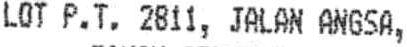
LOT P.T. 2811, JALAN ANGSA,